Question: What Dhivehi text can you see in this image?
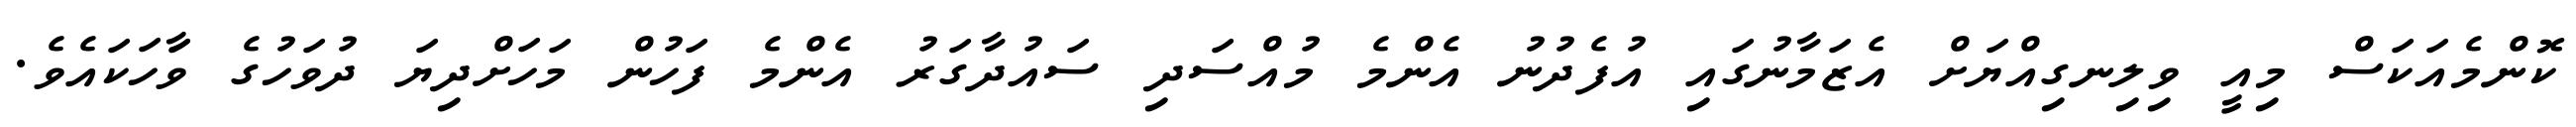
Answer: ކޮންމެއަކަސް މިއީ ވިލިނގިއްޔަށް އެޒަމާނުގައި އުފެދުނު އެންމެ މުއްސަދި ސައުދާގަރު އެންމެ ފަހުން މަހަށްދިޔަ ދުވަހުގެ ވާަހަކައެވެ.